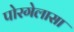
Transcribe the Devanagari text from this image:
पोरगेलासा